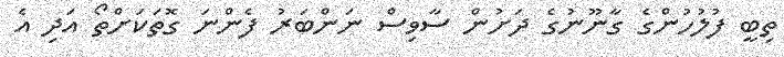
ތިބީ ފުލުހުންގެ ގާނޫނުގެ ދަށުން ސާވިސް ނަންބަރު ފެންނަ ގޮތަކަށްތޯ އަދި އެ